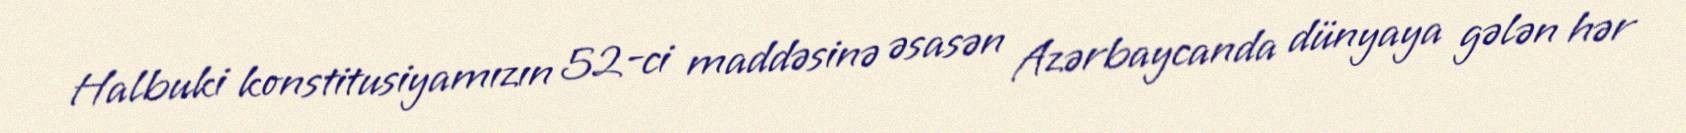
Halbuki konstitusiyamızın 52-ci maddəsinə əsasən Azərbaycanda dünyaya gələn hər